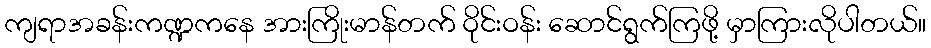
ကျရာအခန်းကဏ္ဍကနေ အားကြိုးမာန်တက် ဝိုင်းဝန်း ဆောင်ရွက်ကြဖို့ မှာကြားလိုပါတယ်။